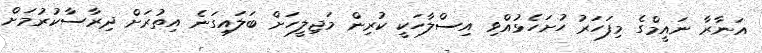
އަނާރާ ނައީމްގެ މިފަހަރު ހުށަހެޅުއްވި އިސްލާހަކީ ކުރިން މަޖިލީހަށް ބަލައިގަނެ އިތުރަށް ދިރާސާކުރުމަށް